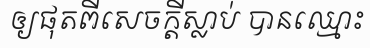
ឲ្យផុតពីសេចក្តីស្លាប់ បានឈ្មោះ